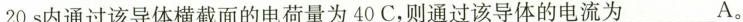
20s内通过该导体横截面的电荷量为40C，则通过该导体的电流为___A。